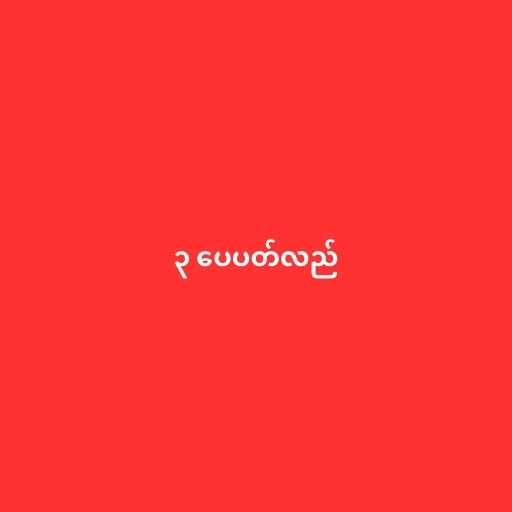
၃ ပေပတ်လည်